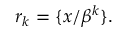
r _ { k } = \{ x / \beta ^ { k } \} .